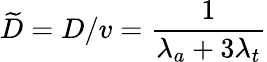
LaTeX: \widetilde D=D/v=\frac{1}{\lambda_{a}+3\lambda_{t}}